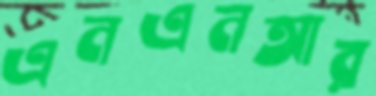
এনএনআর